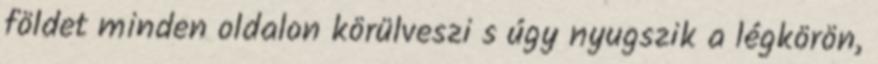
földet minden oldalon körülveszi s úgy nyugszik a légkörön,